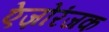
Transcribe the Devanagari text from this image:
ऐज़ोरंजक